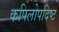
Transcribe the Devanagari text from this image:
कपिलोपदिष्ट